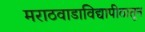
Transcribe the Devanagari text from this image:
मराठवाडाविद्यापीठातून